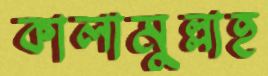
কালামুল্লাহ